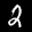
Label: 2